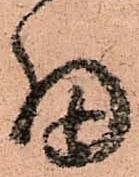
細